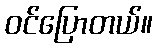
ဝင်ပြောတယ်။